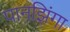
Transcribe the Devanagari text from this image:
पानझिंगा